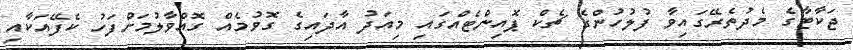
ޖަކާޓާގެ މެދުތެރޭގައިވާ ފުލުހުންގެ ޗެކް ޕޮއިންޓެއްގައި މިއަދު އާދައިގެ ގޮވުމެއް ގޮއްވާލުމަށްފަހު ކެފޭއަކާއި